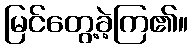
မြင်တွေ့ခဲ့ကြ၏။